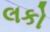
લકો